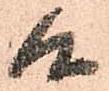
候